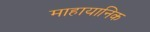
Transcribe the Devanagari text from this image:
माहायानिक